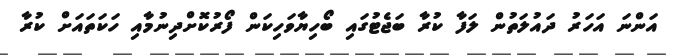
އަންނަ އަހަރު ދައުލަތުން ލަފާ ކުރާ ބަޖެޓުގައި ބޯހިޔާވަހިކަން ފޯރުކޮށްދިނުމާއި ހަކަތައަށް ކުރާ